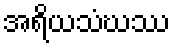
အရိယသံဃဿ